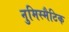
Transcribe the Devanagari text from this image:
नुमिस्मैटिक